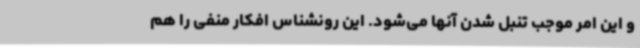
و این امر موجب تنبل شدن آنها می‌شود. این رونشناس افکار منفی را هم